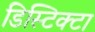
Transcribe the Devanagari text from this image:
डिस्टिक्टा